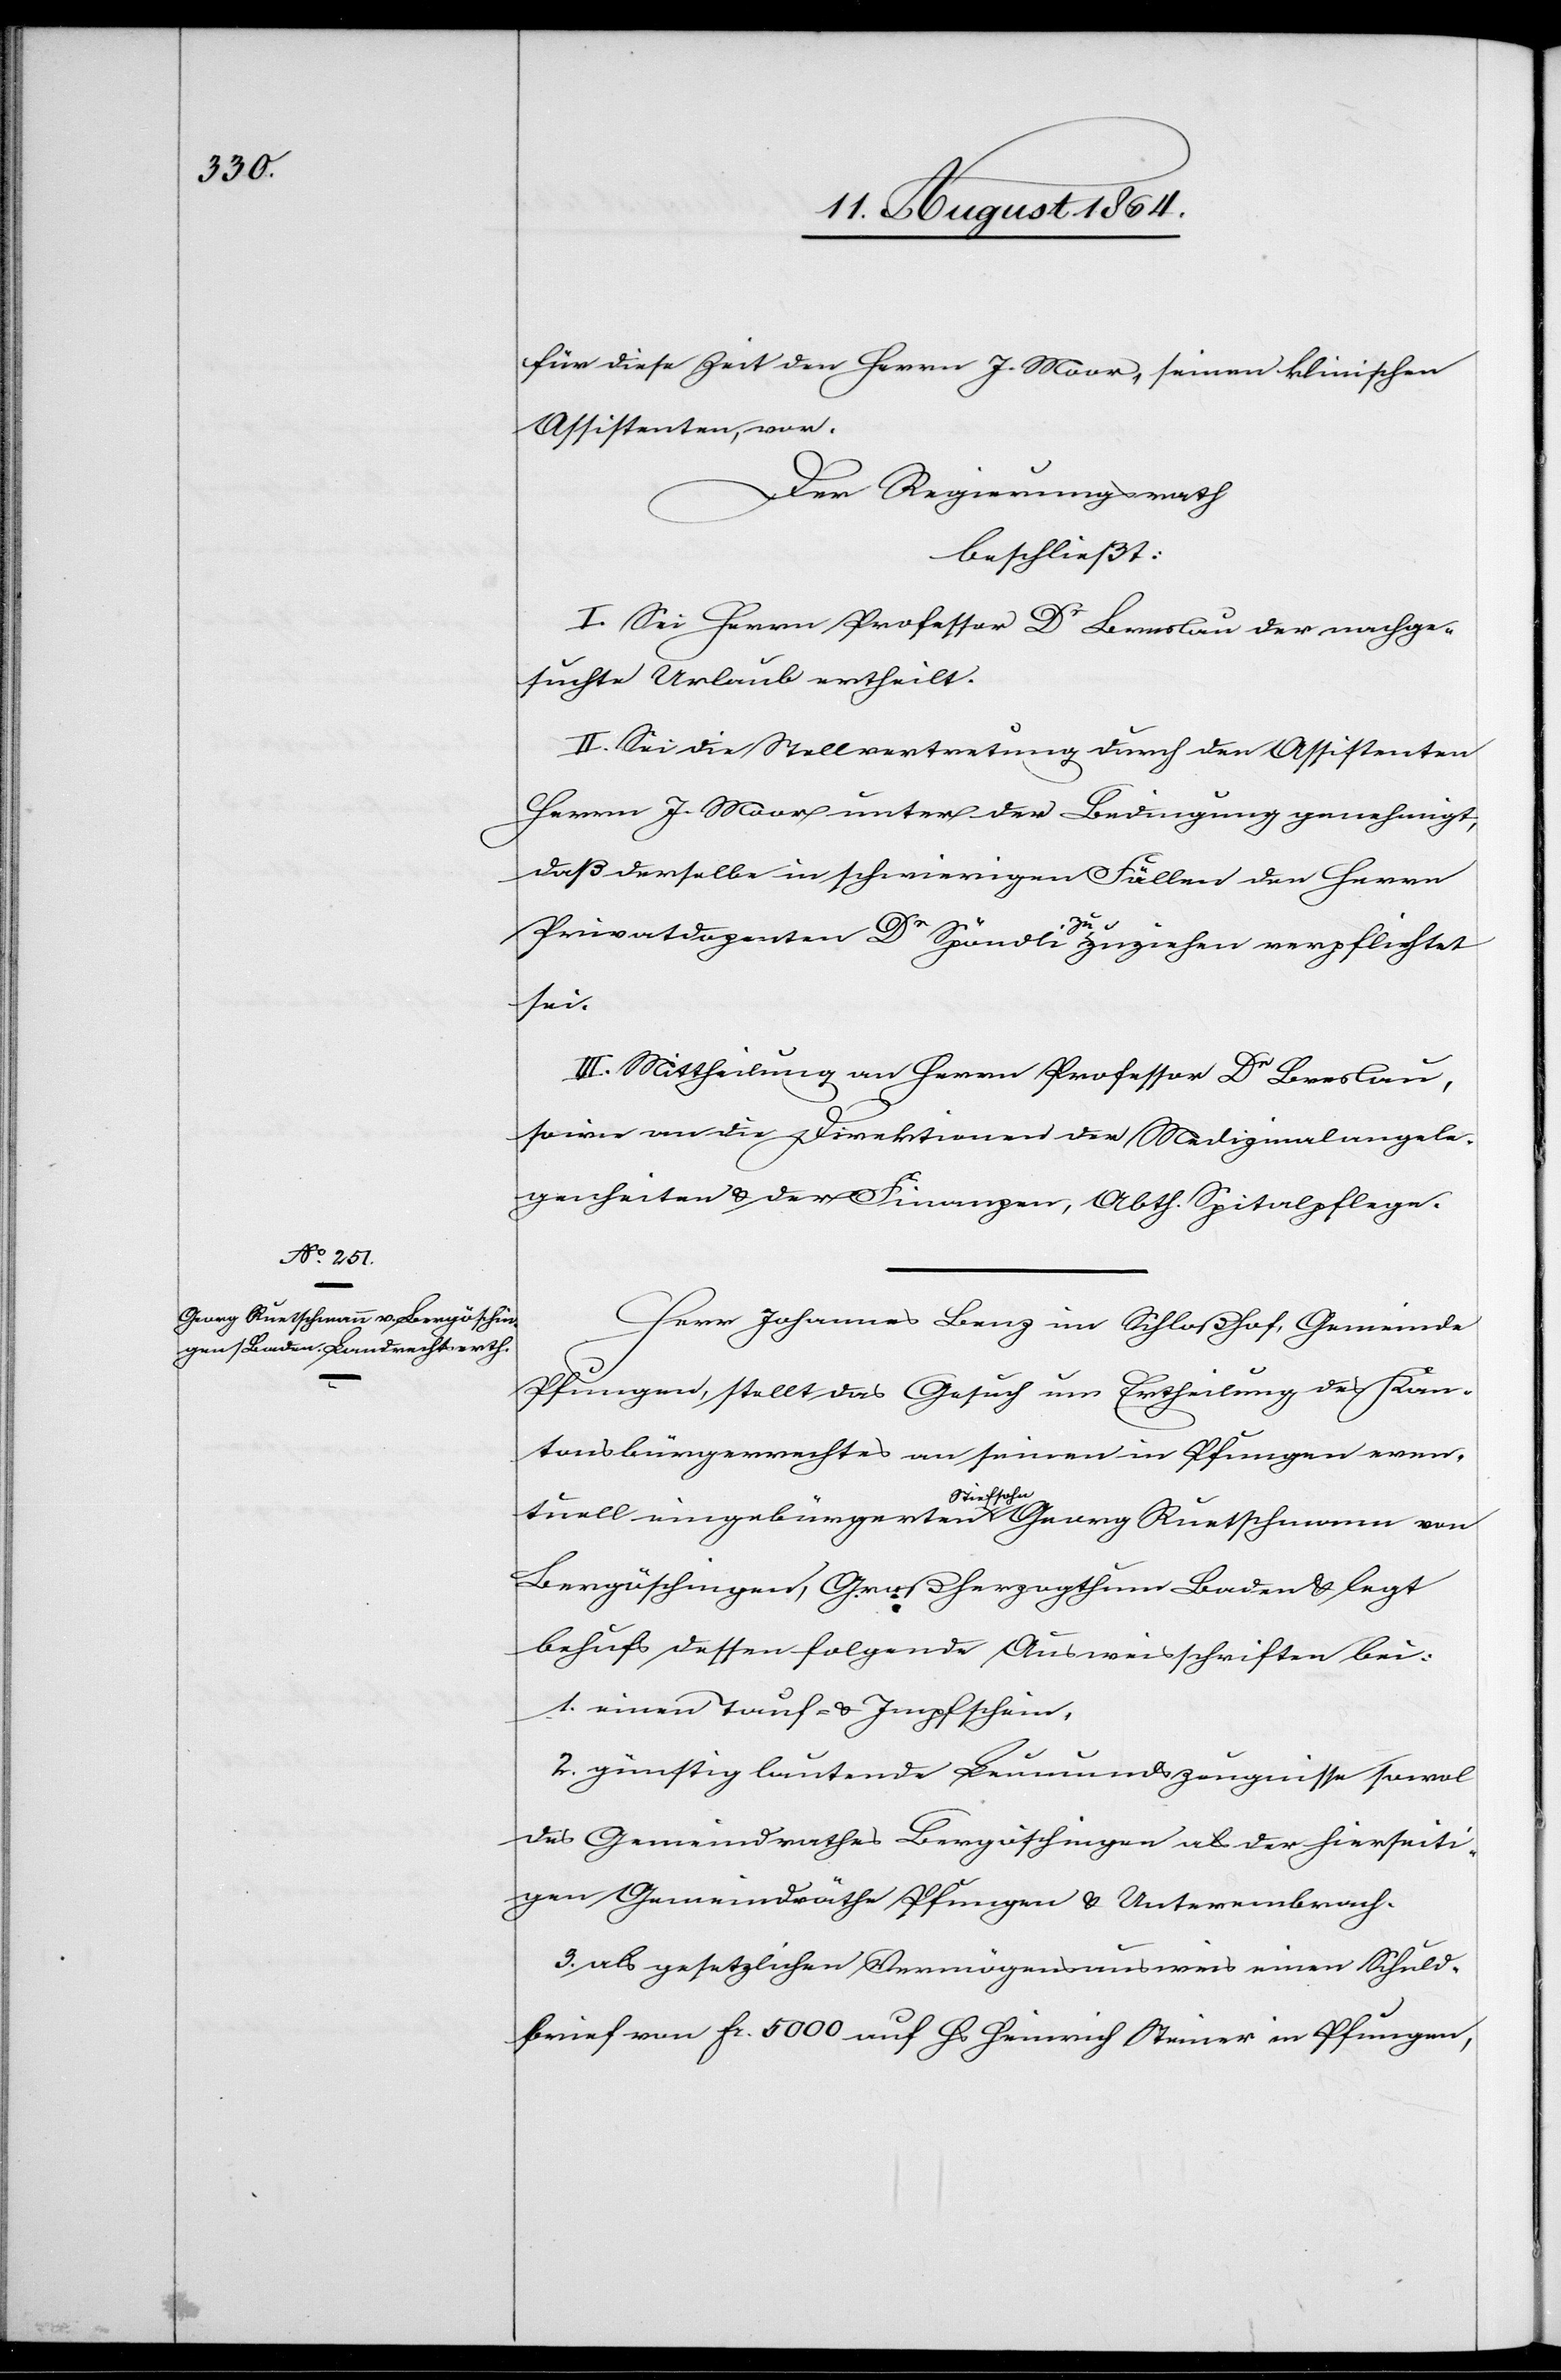
für diese Zeit den Herrn J. Moor, seinen klinischen
Assistenten, vor.
Der Regierungsrath
beschließt:
I. Sei Herrn Professor Dr Breslau der nachge¬
suchte Urlaub ertheilt.
II. Sei die Stellvertretung durch den Assistenten
Herrn J. Moor unter der Bedingung genehmigt,
daß derselbe in schwierigen Fällen den Herrn
Privatdozenten Dr Spöndli zuzuziehen verpflichtet
sei.
III. Mittheilung an Herrn Professor Dr Breslau,
sowie an die Direktionen der Medizinalangele¬
genheiten & der Finanzen, Abth. Spitalpflege.
Herr Johannes Benz im Schloßhof, Gemeinde
Pfungen, stellt das Gesuch um Ertheilung des Kan¬
tonsbürgerrechtes an seinen in Pfungen even¬
tuell eingebürgerten a Stiefsohn a Georg Ruetschmann von
Bergöschingen, Großherzogthum Baden & legt
behufs dessen folgende Ausweisschriften bei:
1. einen Tauf- & Impfschein.
2. günstig lautende Leumundszeugnisse sowol
des Gemeindrathes Bergöschingen als der hierseiti¬
gen Gemeindräthe Pfungen & Unterembrach.
3. als gesetzlichen Vermögensausweis einen Schuld¬
brief von Fr. 5000 auf Hs. Heinrich Steiner in Pfungen,